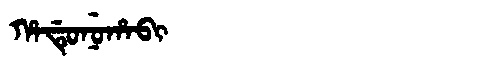
Manchu: ᡥᠠᡩᡠᠨᡠᡥᠠᠪᡳ
Romanization: HADUNUHABI